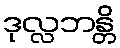
ဒုလ္လဘန္တိ